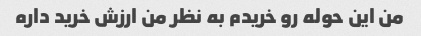
من این حوله رو خریدم به نظر من ارزش خرید داره